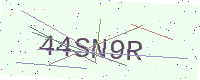
Text: 44SN9R